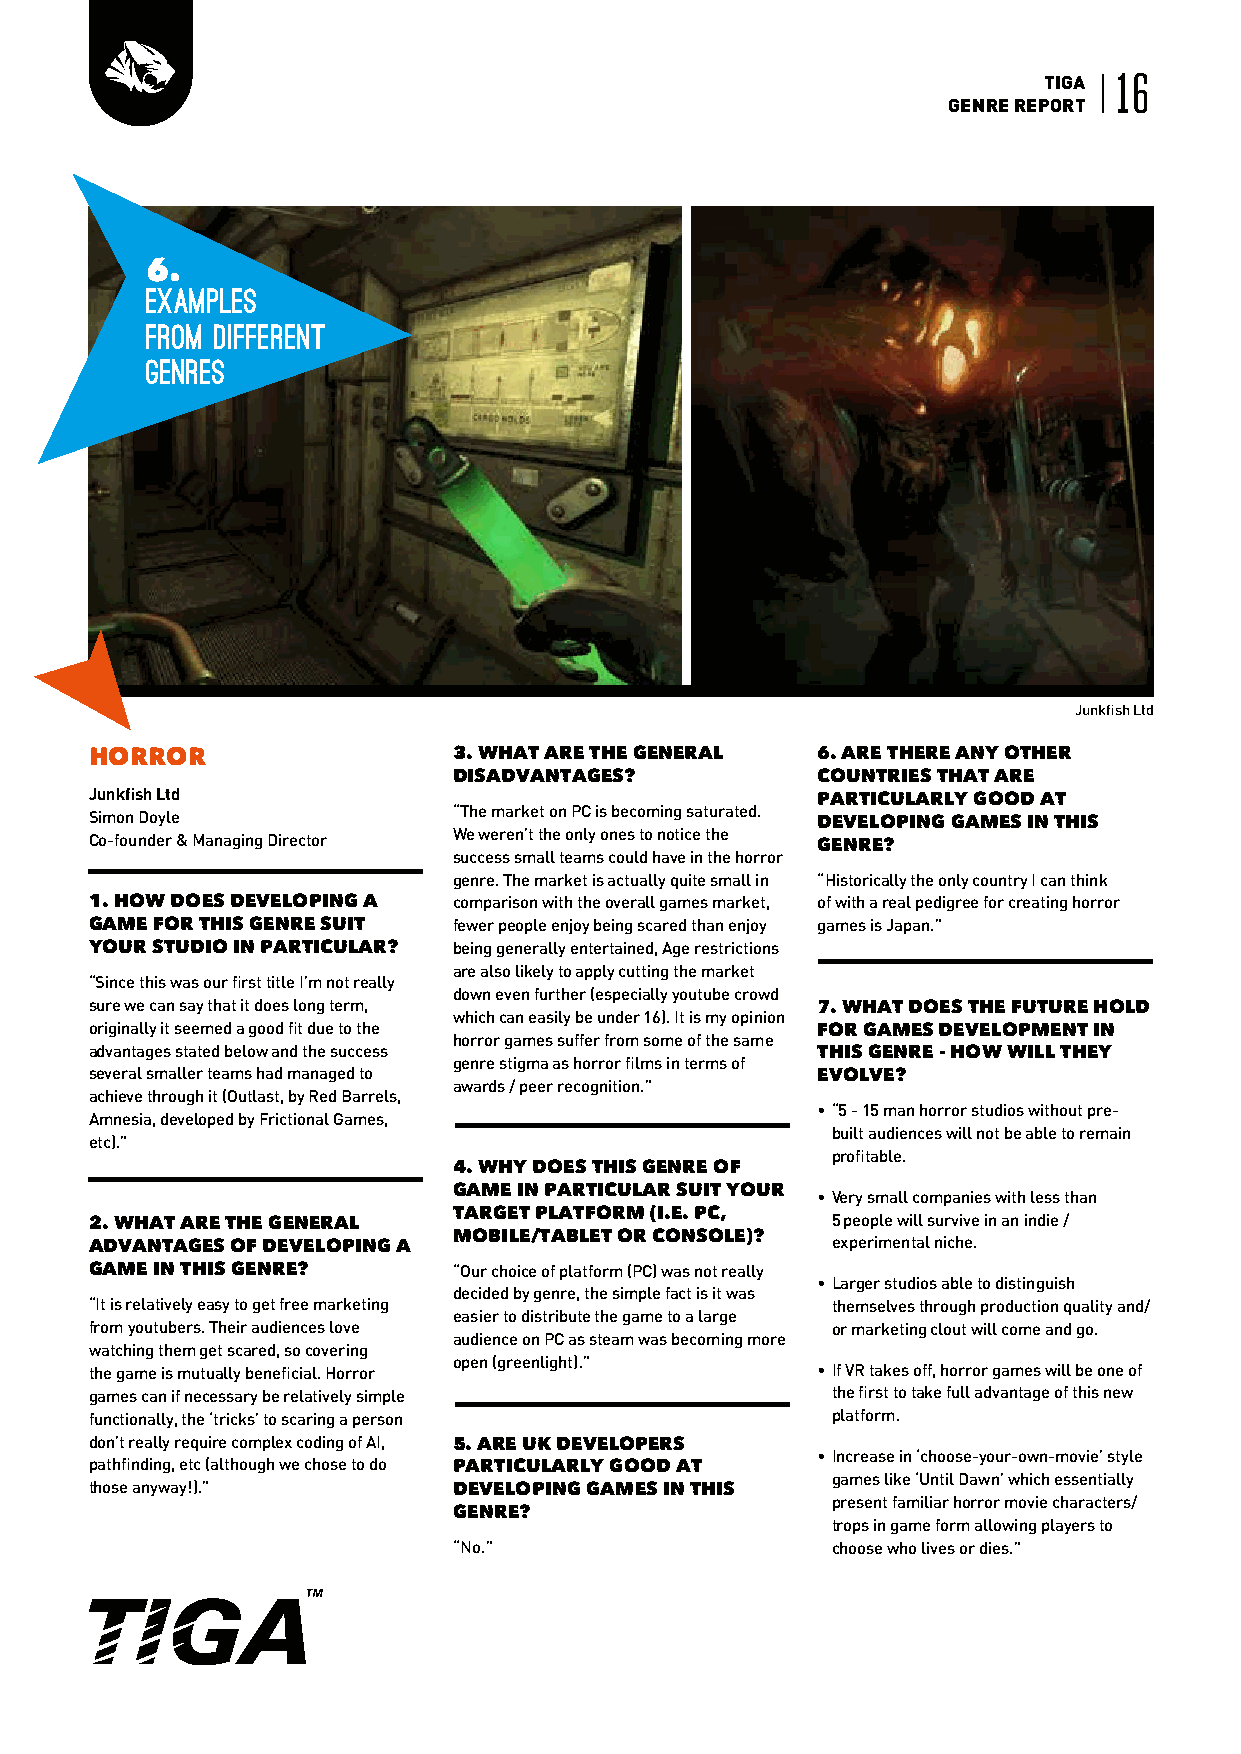
TIGA 16
 GENRE REPORT
 6.
 Examples
 From Different
 Genres
 Junkfish Ltd
 HORROR                  3. WHAT ARE THE GENERAL 6. ARE THERE ANY OTHER
 DISADVANTAGES?          COUNTRIES THAT ARE
 Junkfish Ltd                                    PARTICULARLY GOOD AT
 “The market on PC is becoming saturated.
 Simon Doyle                                     DEVELOPING GAMES IN THIS
 We weren’t the only ones to notice the
 Co-founder & Managing Director                  GENRE?
 success small teams could have in the horror
 genre. The market is actually quite small in “Historically the only country I can think
 1. HOW DOES DEVELOPING A comparison with the overall games market, of with a real pedigree for creating horror
 GAME FOR THIS GENRE SUIT fewer people enjoy being scared than enjoy games is Japan.”
 YOUR STUDIO IN PARTICULAR? being generally entertained, Age restrictions
 are also likely to apply cutting the market
 “Since this was our first title I’m not really
 down even further (especially youtube crowd
 sure we can say that it does long term,         7. WHAT DOES THE FUTURE HOLD
 which can easily be under 16). It is my opinion
 originally it seemed a good fit due to the      FOR GAMES DEVELOPMENT IN
 horror games suffer from some of the same
 advantages stated below and the success         THIS GENRE - HOW WILL THEY
 genre stigma as horror films in terms of
 several smaller teams had managed to            EVOLVE?
 awards / peer recognition.”
 achieve through it (Outlast, by Red Barrels,
 • “ 5 - 15 man horror studios without pre-
 Amnesia, developed by Frictional Games,
 built audiences will not be able to remain
 etc).”
 profitable.
 4. WHY DOES THIS GENRE OF
 GAME IN PARTICULAR SUIT YOUR
 • V ery small companies with less than
 TARGET PLATFORM (I.E. PC,
 2. WHAT ARE THE GENERAL                          5 people will survive in an indie /
 MOBILE/TABLET OR CONSOLE)?
 ADVANTAGES OF DEVELOPING A                       experimental niche.
 GAME IN THIS GENRE?     “Our choice of platform (PC) was not really
 • L arger studios able to distinguish
 decided by genre, the simple fact is it was
 “It is relatively easy to get free marketing     themselves through production quality and/
 easier to distribute the game to a large
 from youtubers. Their audiences love             or marketing clout will come and go.
 audience on PC as steam was becoming more
 watching them get scared, so covering
 open (greenlight).”
 the game is mutually beneficial. Horror         • I f VR takes off, horror games will be one of
 games can if necessary be relatively simple      the first to take full advantage of this new
 functionally, the ‘tricks’ to scaring a person   platform.
 don’t really require complex coding of AI, 5. ARE UK DEVELOPERS
 • I ncrease in ‘choose-your-own-movie’ style
 pathfinding, etc (although we chose to do PARTICULARLY GOOD AT
 games like ‘Until Dawn’ which essentially
 those anyway!).”        DEVELOPING GAMES IN THIS
 present familiar horror movie characters/
 GENRE?
 trops in game form allowing players to
 “No.”                    choose who lives or dies.”